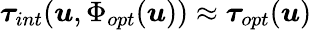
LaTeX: \boldsymbol{\tau}_{int}(\boldsymbol{u},\Phi_{opt}(\boldsymbol{u}))\approx\boldsymbol{\tau}_{opt}(\boldsymbol{u})